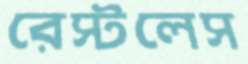
রেস্টলেস